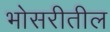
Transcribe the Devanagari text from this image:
भोसरीतील